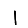
Digit: 1